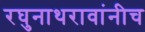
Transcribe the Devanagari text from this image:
रघुनाथरावांनीच